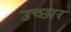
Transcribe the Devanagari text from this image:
उच्छार